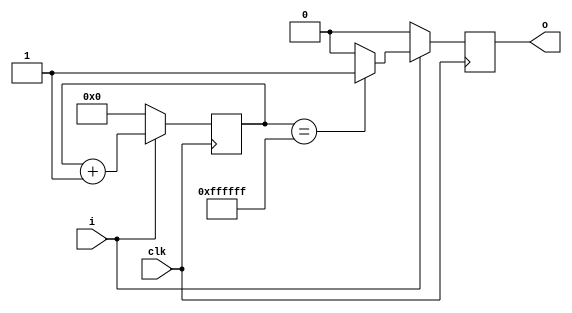
module debounce(
	input clk,
	input i,
	output o
	);
	
reg o;
reg [23:0]c;

always @ ( posedge clk)
	begin
		if ( clk == 1'b1 )
			begin
				if ( i == 1'b1 )
					begin
						if ( c == 24'b111111111111111111111111 )
							begin
								o <= 1'b1;
							end
						else
							begin
								o <= 1'b0;
							end
							c <= ( c + 1 );
					end
				else
					begin
						c <= { 1'b0 };
						o <= 1'b0;
					end
			end
	end
endmodule